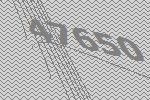
47650